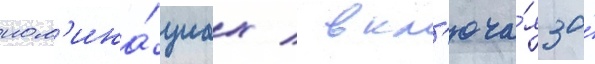
ном'ина́циах / вкл'юча́я за́